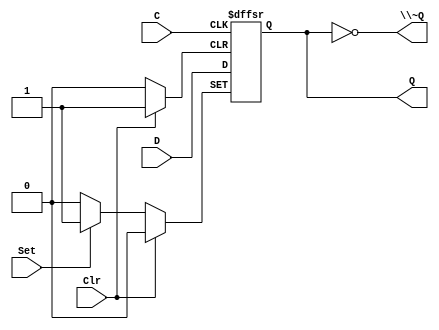
/*
 * Generated by Digital. Don't modify this file!
 * Any changes will be lost if this file is regenerated.
 */

module DIG_D_FF_AS_1bit
#(
    parameter Default = 0
)
(
   input Set,
   input D,
   input C,
   input Clr,
   output Q,
   output \~Q
);
    reg state;

    assign Q = state;
    assign \~Q  = ~state;

    always @ (posedge C or posedge Clr or posedge Set)
    begin
        if (Set)
            state <= 1'b1;
        else if (Clr)
            state <= 'h0;
        else
            state <= D;
    end

    initial begin
        state = Default;
    end
endmodule

module Driver
(
    input in,
    input sel,
    output out
);
    assign out = (sel == 1'b1)? in : 1'bz;
endmodule

// quad 3-state D flip-flop with common clock and reset
module \74173  (
  input D0,
  input D1,
  input D2,
  input D3,
  input CLK,
  input RES,
  input DE1,
  input DE2,
  input OE1,
  input OE2,
  input VCC,
  input GND,
  output Q0,
  output Q1,
  output Q2,
  output Q3
);
  wire s0;
  wire s1;
  wire s2;
  wire s3;
  wire s4;
  wire s5;
  wire s6;
  wire s7;
  wire s8;
  wire s9;
  wire s10;
  assign s3 = (DE1 | DE2);
  assign s4 = ~ (OE1 | OE2);
  assign s2 = ~ s3;
  DIG_D_FF_AS_1bit #(
    .Default(0)
  )
  DIG_D_FF_AS_1bit_i0 (
    .Set( 1'b0 ),
    .D( s0 ),
    .C( CLK ),
    .Clr( RES ),
    .Q( s1 )
  );
  assign s0 = ((s1 & s3) | (D0 & s2));
  Driver Driver_i1 (
    .in( s1 ),
    .sel( s4 ),
    .out( Q0 )
  );
  DIG_D_FF_AS_1bit #(
    .Default(0)
  )
  DIG_D_FF_AS_1bit_i2 (
    .Set( 1'b0 ),
    .D( s5 ),
    .C( CLK ),
    .Clr( RES ),
    .Q( s6 )
  );
  assign s5 = ((s6 & s3) | (D1 & s2));
  Driver Driver_i3 (
    .in( s6 ),
    .sel( s4 ),
    .out( Q1 )
  );
  DIG_D_FF_AS_1bit #(
    .Default(0)
  )
  DIG_D_FF_AS_1bit_i4 (
    .Set( 1'b0 ),
    .D( s7 ),
    .C( CLK ),
    .Clr( RES ),
    .Q( s8 )
  );
  assign s7 = ((s8 & s3) | (D2 & s2));
  Driver Driver_i5 (
    .in( s8 ),
    .sel( s4 ),
    .out( Q2 )
  );
  DIG_D_FF_AS_1bit #(
    .Default(0)
  )
  DIG_D_FF_AS_1bit_i6 (
    .Set( 1'b0 ),
    .D( s9 ),
    .C( CLK ),
    .Clr( RES ),
    .Q( s10 )
  );
  assign s9 = ((s10 & s3) | (D3 & s2));
  Driver Driver_i7 (
    .in( s10 ),
    .sel( s4 ),
    .out( Q3 )
  );
endmodule

module \4_Bit_D_Type_Register  (
  input Clear,
  input D0,
  input D1,
  input D2,
  input D3,
  input Clock,
  output Q0,
  output Q1,
  output Q2,
  output Q3
);
  \74173  \74173_i0 (
    .OE1( 1'b0 ),
    .OE2( 1'b0 ),
    .CLK( Clock ),
    .GND( 1'b0 ),
    .DE1( 1'b0 ),
    .DE2( 1'b0 ),
    .D3( D3 ),
    .D2( D2 ),
    .D1( D1 ),
    .D0( D0 ),
    .RES( Clear ),
    .VCC( 1'b1 ),
    .Q0( Q0 ),
    .Q1( Q1 ),
    .Q2( Q2 ),
    .Q3( Q3 )
  );
endmodule